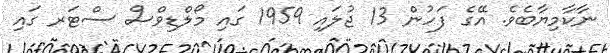
ނާކާމިޔާބެވެ. އޭގެ ފަހުން 13 ޖުލައި 1959 ގައި މޯލްޑިވްސް ސްޓަރ ގައި